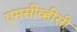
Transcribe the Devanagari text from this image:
एमसीव्हीसी